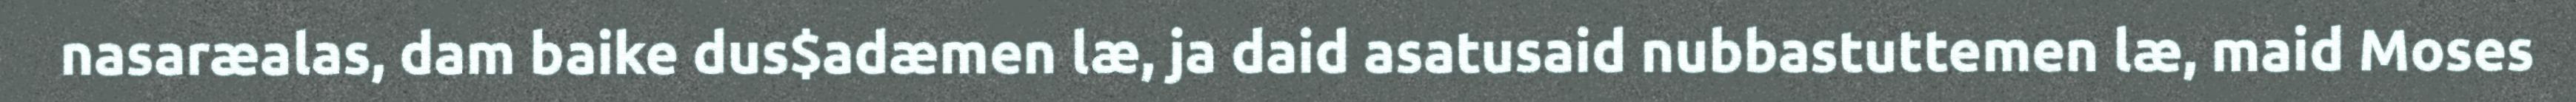
nasaræalas, dam baike dus$adæmen læ, ja daid asatusaid nubbastuttemen læ, maid Moses